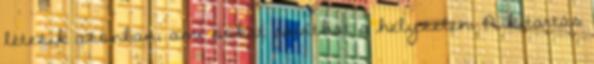
létezik azonban, ami sokat javíthat a helyzeten. A kitartás